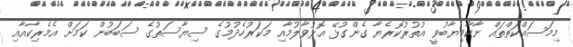
މިމަސައްކަތްތައް ނާކާމިޔާބުވީ އުތުރުކޮރެޔާ ގެންގުޅޭ އޮޅުވާލުމާއި މަކަރުހެދުމުގެ ސިޔާސަތުގެ ސަބަބުން ކަމަށް އެމެރިކާއާއި